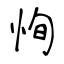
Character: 恂